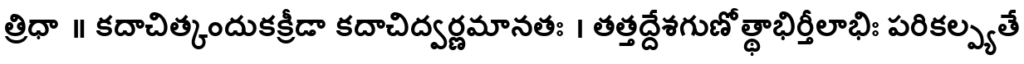
త్రిధా ॥ కదాచిత్కందుకక్రీడా కదాచిద్వర్ణమానతః । తత్తద్దేశగుణోత్థాభిర్తీలాభిః పరికల్ప్యతే